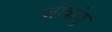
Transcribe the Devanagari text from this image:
जीवांणु